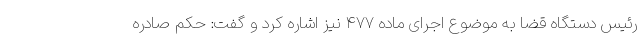
رئیس دستگاه قضا به موضوع اجرای ماده ۴۷۷ نیز اشاره کرد و گفت: حکم صادره